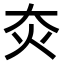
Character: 𤆍